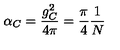
\alpha _ { C } = { \frac { g _ { C } ^ { 2 } } { 4 \pi } } = { \frac { \pi } { 4 } } { \frac { 1 } { N } }